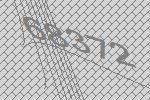
68372